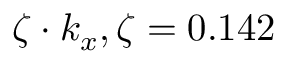
\zeta \cdot k _ { x } , \zeta = 0 . 1 4 2